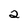
Character: 2